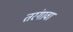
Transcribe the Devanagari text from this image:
तरंगावा